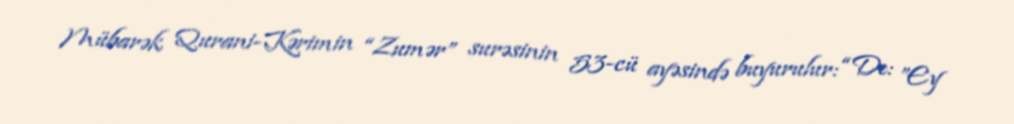
Mübarək Qurani-Kərimin “Zumər” surəsinin 53-cü ayəsində buyurulur: “De: ”Ey